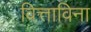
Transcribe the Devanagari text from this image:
वित्ताविना